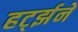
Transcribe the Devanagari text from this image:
हर्ट्झने